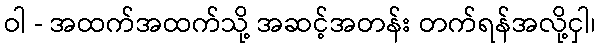
ဝါ - အထက်အထက်သို့ အဆင့်အတန်း တက်ရန်အလို့ငှါ၊